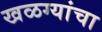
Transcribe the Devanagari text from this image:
खळग्यांचा